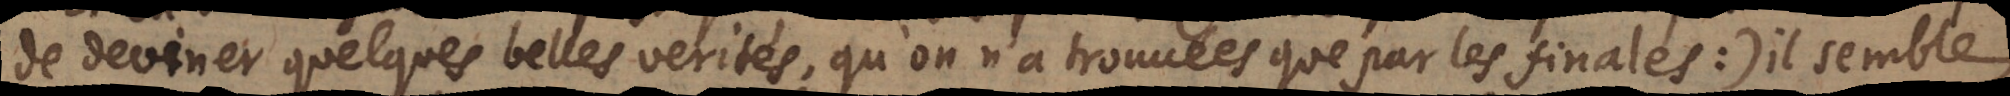
de deviner quelques belles verités, qu’on n’a trouvées que par les finales:) il semble